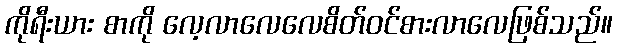
ကိုရီးယား စာကို လေ့လာလေလေစိတ်ဝင်စားလာလေဖြစ်သည်။